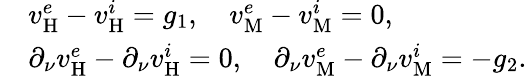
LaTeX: \begin{array}{rl}&{v_{\mathrm{H}}^{e}-v_{\mathrm{H}}^{i}=g_{1},\quad v_{\mathrm{M}}^{e}-v_{\mathrm{M}}^{i}=0,}\\ &{\partial_{\nu}v_{\mathrm{H}}^{e}-\partial_{\nu}v_{\mathrm{H}}^{i}=0,\quad\partial_{\nu}v_{\mathrm{M}}^{e}-\partial_{\nu}v_{\mathrm{M}}^{i}=-g_{2}.}\end{array}